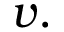
v .